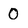
Character: 0